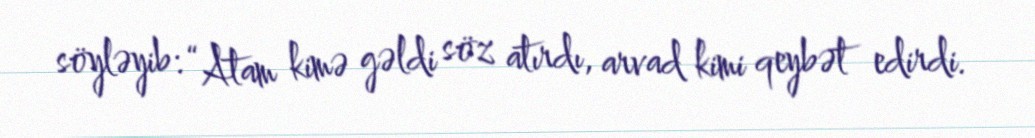
söyləyib: “Atam kimə gəldi söz atırdı, arvad kimi qeybət edirdi.